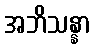
အဘိသန္နာ